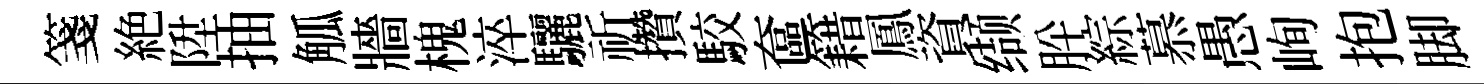
箋絶陞抽觚牆槐淬驪祈攢駮奩籍鳳資缬肸綜慕愚峋抱脚